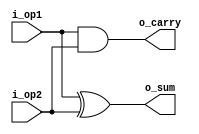
`timescale 1 ns / 1 ps
///////////////////////////////////////////////////////////////
///////////////////////// HALF_ADDDER /////////////////////////
///////////////////////////////////////////////////////////////
module half_add (i_op1, i_op2, o_sum, o_carry);

input i_op1, i_op2;
output o_sum;
output o_carry;

xor (o_sum, i_op1, i_op2);
and (o_carry, i_op1, i_op2);

endmodule
///////////////////////////////////////////////////////////////
///////////////////////// FULL_ADDER //////////////////////////
///////////////////////////////////////////////////////////////
module full_add (i_op1, i_op2, i_carry, o_sum, o_carry);

input i_op1, i_op2, i_carry;
output o_sum, o_carry;

wire carry1, carry2, sum_op1;

half_add half_add_1    (.i_op1 (i_op1),
			.i_op2 (i_op2),
			.o_sum (sum_op1),
			.o_carry (carry1)
			);

half_add half_add_2    (.i_op1 (sum_op1),
			.i_op2 (i_carry),
			.o_sum (o_sum),
			.o_carry (carry2)
			);

or (o_carry, carry1, carry2);

endmodule
////////////////////////////////////////////////////////////////
////////////////////// PARAM_ADDER /////////////////////////////
////////////////////////////////////////////////////////////////
module param_adder (i_op1, i_op2, i_carry, o_carry, o_sum);

parameter WIDTH = 4;

input [WIDTH - 1 : 0] i_op1, i_op2; 
input i_carry;
output o_carry;
output [WIDTH - 1 : 0] o_sum;

wire [WIDTH - 2 : 0] carry;

genvar i;

generate 

	for (i = 0; i < WIDTH; i = i + 1) begin : adder
		if (i == 0)
			full_add full_add_lsb  (.i_op1 (i_op1[i]), 
						.i_op2 (i_op2[i]),
						.i_carry (i_carry),
						.o_sum (o_sum[i]),
						.o_carry (carry[i])
						);

		else if (i == WIDTH - 1)
			full_add full_add      (.i_op1 (i_op1[i]), 
						.i_op2 (i_op2[i]),
						.i_carry (carry [i - 1]),
						.o_sum (o_sum[i]),
						.o_carry (o_carry)
						);

		else 
			full_add full_add_msb  (.i_op1 (i_op1[i]), 
						.i_op2 (i_op2[i]),
						.i_carry (carry [i - 1]),
						.o_sum (o_sum[i]),
						.o_carry (carry[i])
						);

	end

endgenerate

endmodule
///////////////////////////////////////////////////////////////////////////////
////////////////////// PARAM_ADDER_OR_SUBSTRACTOR /////////////////////////////
///////////////////////////////////////////////////////////////////////////////
module add_sub (i_op1, i_op2, i_carry_borrow, o_res, o_carry_borrow);

//`define ADD
`define SUB

parameter WIDTH = 4;

input	[WIDTH - 1 : 0] i_op1, i_op2;
input i_carry_borrow;

output [WIDTH - 1 : 0] o_res;
output o_carry_borrow;

wire [WIDTH-1 : 0] operate;

`ifdef SUB
	
	not NOT [WIDTH - 1 : 0] (operate, i_op2);
	assign i_carry_borrow = 1'b1;

`else `ifdef ADD
	
	assign operate = i_op2;	

`else 

	initial begin
		$display ("MACROS NOT DEFINE!!!");
		$finish;
		end
	`endif
`endif

param_adder #(.WIDTH(WIDTH)) full_add  (.i_op1 (i_op1), 
					.i_op2 (operate),
					.i_carry (i_carry_borrow),
					.o_sum (o_res),
					.o_carry (o_carry_borrow)
					);

endmodule